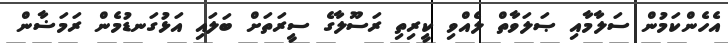
އެހެންކަމުން ސަލާމާއި ޞަލަވާތް ލެއްވި ކީރިތި ރަސޫލާގެ ސީރަތަށް ބަލައި އަޅުގަނޑުމެން ރަމަޟާން